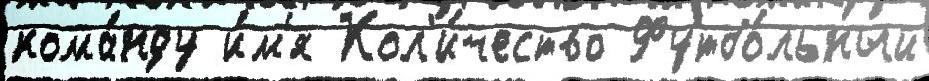
кома́нду и́м'я Кол'и́чество Футбо́льный